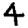
Digit: 4